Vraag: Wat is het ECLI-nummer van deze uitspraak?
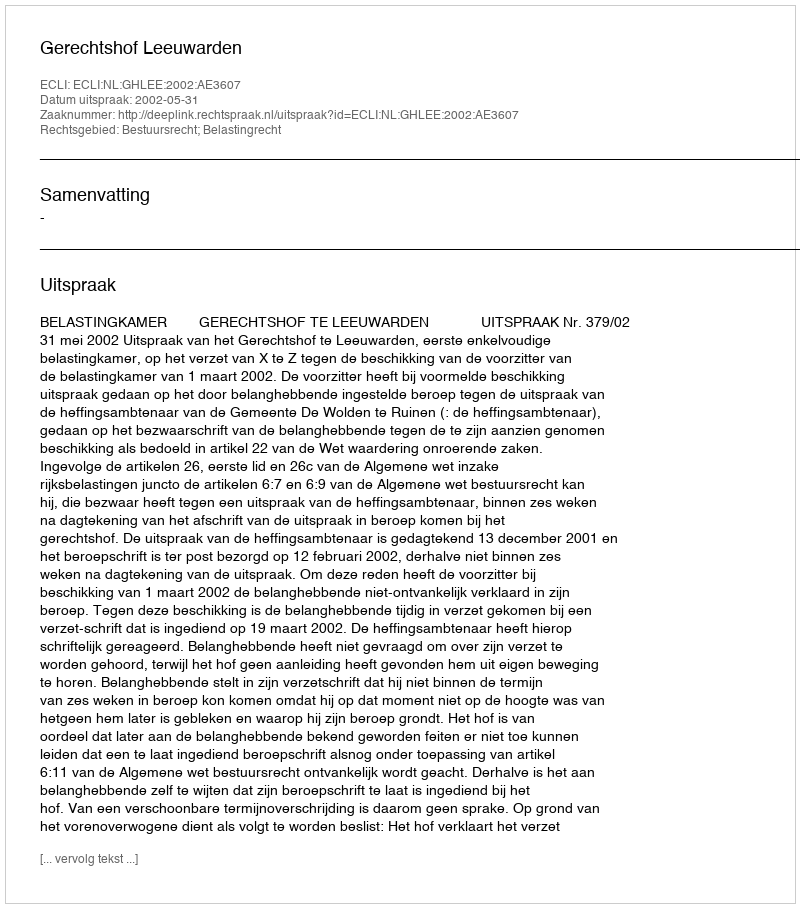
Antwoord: ECLI:NL:GHLEE:2002:AE3607